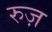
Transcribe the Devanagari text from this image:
रुज़